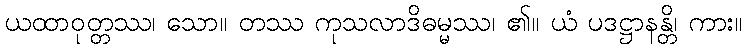
ယထာဝုတ္တဿ၊ သော။ တဿ ကုသလာဒိဓမ္မဿ၊ ၏။ ယံ ပဒဋ္ဌာနန္တိ၊ ကား။